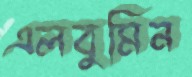
এলবুমিন